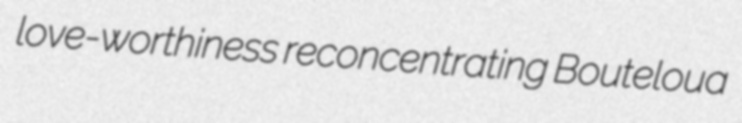
love-worthiness reconcentrating Bouteloua